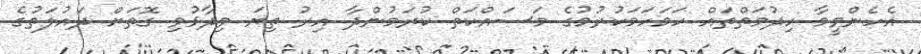
އެހެންވީމާ ހިދުމަތްތައް ހަމަހަމަކުރުމުގެ މަސައްކަތް ކުރަމުންދާ އިރު ތިޔަ ވިދާޅުވި ގޮތަށް ދައުލަތުގެ